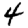
Digit: 4